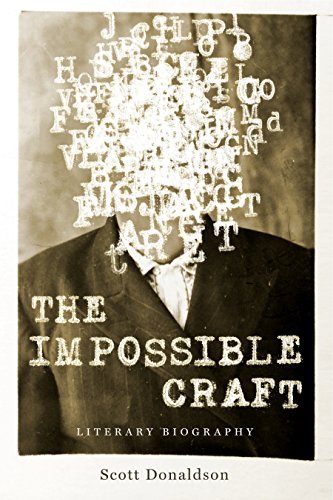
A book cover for The Impossible Craft: Literary Biography (Penn State Series in the History of the Book); Scott Donaldson; Biographies & Memoirs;